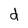
Character: d